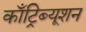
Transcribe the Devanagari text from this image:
काँट्रिब्यूशन